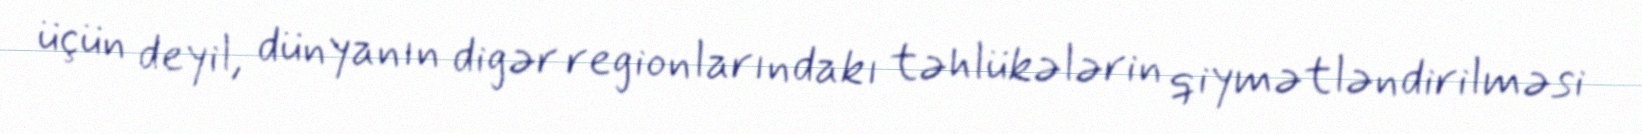
üçün deyil, dünyanın digər regionlarındakı təhlükələrin qiymətləndirilməsi